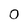
Character: 0